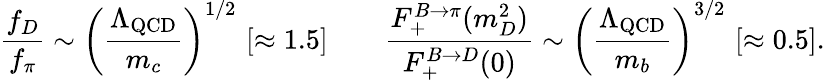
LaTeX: \frac{f_{D}}{f_{\pi}}\sim\left(\frac{\Lambda_{\mathrm{QCD}}}{m_{c}}\right)^{1/2}\, \, [\approx 1.5]\qquad\frac{F_{+}^{B\to\pi}(m_{D}^{2})}{F_{+}^{B\to D}(0)}\sim\left(\frac{\Lambda_{\mathrm{QCD}}}{m_{b}}\right)^{3/2}\, \, [\approx 0.5].